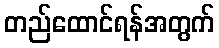
တည်ထောင်ရန်အတွက်